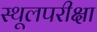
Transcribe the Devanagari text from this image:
स्थूलपरीक्षा